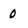
Character: 0